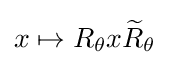
x\mapsto R_{\theta }x{\widetilde {R}}_{\theta }